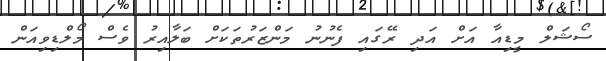
ސޯޝަލް މީޑިއާ އަށް އަދި ރޭގައި ފެނުނު މަންޒަރުތަކަށް ބަލާއިރު ވެސް މޯލްޑިވިއަން